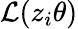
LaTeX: \mathcal{L}(z_{i}\theta)